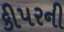
કીપરની